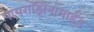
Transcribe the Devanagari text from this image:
पायराझिनामाईड